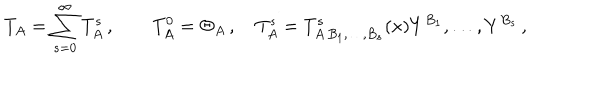
T _ { A } = \sum _ { s = 0 } ^ { \infty } T _ { A } ^ { s } \, , \qquad T _ { A } ^ { 0 } = \Theta _ { A } \, , \quad T _ { A } ^ { s } = T _ { A \, B _ { 1 } , \ldots , B _ { s } } ^ { s } ( x ) Y ^ { B _ { 1 } } , \ldots , Y ^ { B _ { s } } \, ,